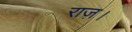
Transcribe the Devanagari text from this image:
राज़।